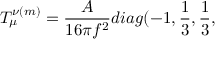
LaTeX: T _ { \mu } ^ { \nu ( m ) } = \frac { A } { 1 6 \pi f ^ { 2 } } d i a g ( - 1 , \frac { 1 } { 3 } , \frac { 1 } { 3 } ,